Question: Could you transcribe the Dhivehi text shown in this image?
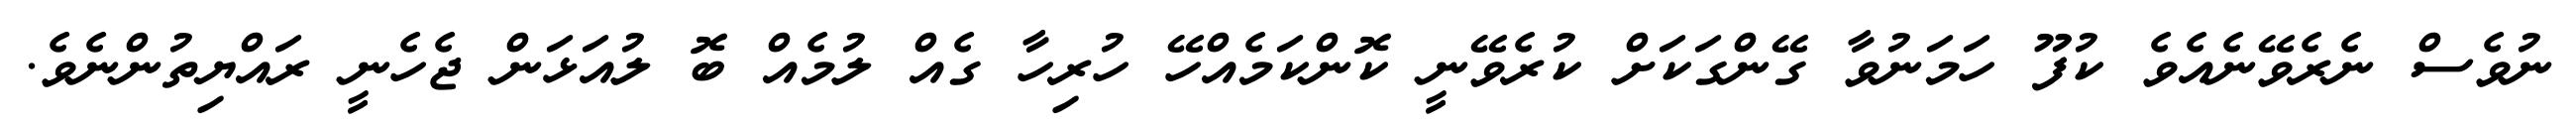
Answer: ނުވެސް ނެރެވޭނެއެވެ ކުފޫ ހަމަނުވާ ގޭންގަކަށް ކުރެވޭނީ ކޮންކަމެއްހޭ ހުރިހާ ގެއް ލުމެއް ބޮ ލުއަޅަން ޖެހެނީ ރައްޔިތުންނެވެ.